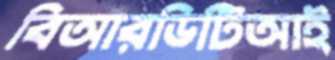
বিআরডিটিআই